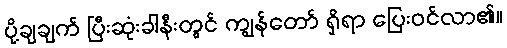
ပို့ချချက် ပြီးဆုံးခါနီးတွင် ကျွန်တော် ရှိရာ ပြေးဝင်လာ၏။